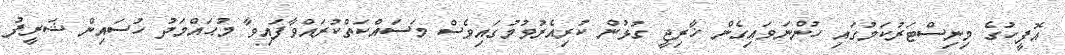
އޮފީހުގެ މިނިސްޓަރުކަމުގައި ހުންނަވައިގެން ޚާރިޖީ ގުޅުން ކުރިއެރުވުމުގައިވެސް މަސައްކަތްކުރައްވާފައިވާ މުޙައްމަދު ހުސައިން ޝަރީފު